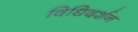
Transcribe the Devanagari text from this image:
विधिदर्शन